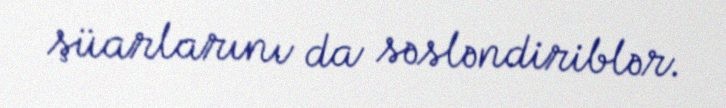
şüarlarını da səsləndiriblər.